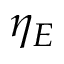
\eta _ { E }